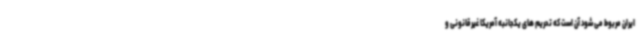
ایران مربوط می شود آن است که تحریم های یکجانبه آمریکا غیرقانونی و